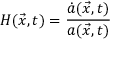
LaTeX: H ( \vec { x } , t ) = \frac { \dot { a } ( \vec { x } , t ) } { a ( \vec { x } , t ) }